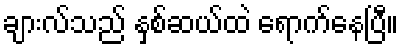
ချားလ်သည် နှစ်ဆယ်ထဲ ရောက်နေပြီ။